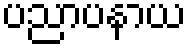
ပညာပနာယ